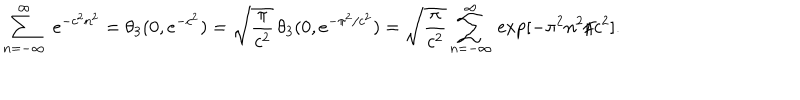
LaTeX: \sum _ { n = - \infty } ^ { \infty } \; e ^ { - c ^ { 2 } n ^ { 2 } } = \theta _ { 3 } ( 0 , e ^ { - c ^ { 2 } } ) = \sqrt { \frac { \pi } { c ^ { 2 } } } \, \theta _ { 3 } ( 0 , e ^ { - \pi ^ { 2 } / c ^ { 2 } } ) = \sqrt { \frac { \pi } { c ^ { 2 } } } \sum _ { n = - \infty } ^ { \infty } \, \exp [ - \pi ^ { 2 } n ^ { 2 } / c ^ { 2 } ] .